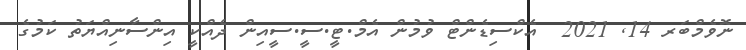
ނޮވެމްބަރ 14